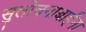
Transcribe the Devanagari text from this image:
सुलोचनाबाईंना